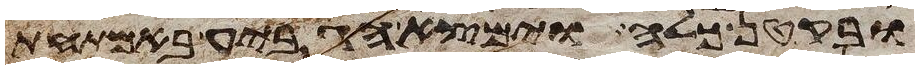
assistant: ובקטן כלה וימצא הגביע באמתחת